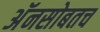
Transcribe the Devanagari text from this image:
अॅनसोबतच